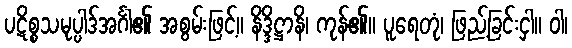
ပဋိစ္စသမုပ္ပါဒ်အင်္ဂါ၏ အစွမ်းဖြင့်။ နိဒ္ဒိဋ္ဌာနိ၊ ကုန်၏။ ပူရေတုံ၊ ဖြည့်ခြင်းငှါ။ ဝါ၊